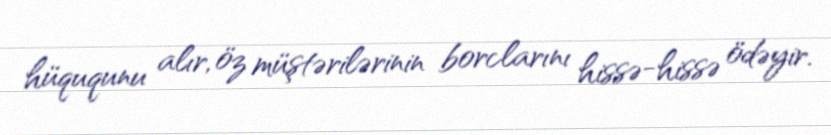
hüququnu alır, öz müştərilərinin borclarını hissə-hissə ödəyir.